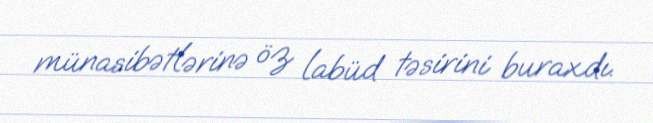
münasibətlərinə öz labüd təsirini buraxdı.